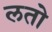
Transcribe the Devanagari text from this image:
लतो